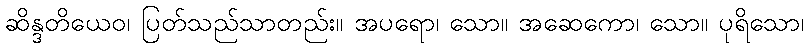
ဆိန္ဒတိယေဝ၊ ပြတ်သည်သာတည်း။ အပရော၊ သော။ အဆေကော၊ သော။ ပုရိသော၊